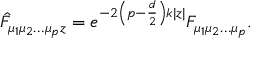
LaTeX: \hat { F } _ { \mu _ { 1 } \mu _ { 2 } \ldots \mu _ { p } z } = e ^ { - 2 \left( p - \frac { d } { 2 } \right) k | z | } F _ { \mu _ { 1 } \mu _ { 2 } \ldots \mu _ { p } } .